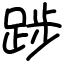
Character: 踄